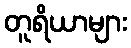
တူရိယာများ